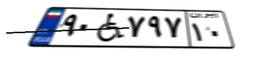
۹۰W۷۹۷۱۰